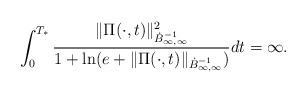
LaTeX: \begin{align*}\int_{0}^{T_{*}}\frac{\|\Pi(\cdot,t)\|_{\dot{B}^{-1}_{\infty,\infty}}^{2}}{1+\ln(e+\|\Pi(\cdot,t)\|_{\dot{B}^{-1}_{\infty,\infty}})}dt=\infty.\end{align*}